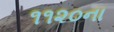
૧૧૨૦ના